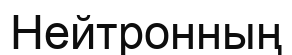
Нейтронның